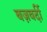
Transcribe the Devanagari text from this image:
बज़वर्दी